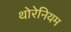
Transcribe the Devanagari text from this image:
थोरेनियम